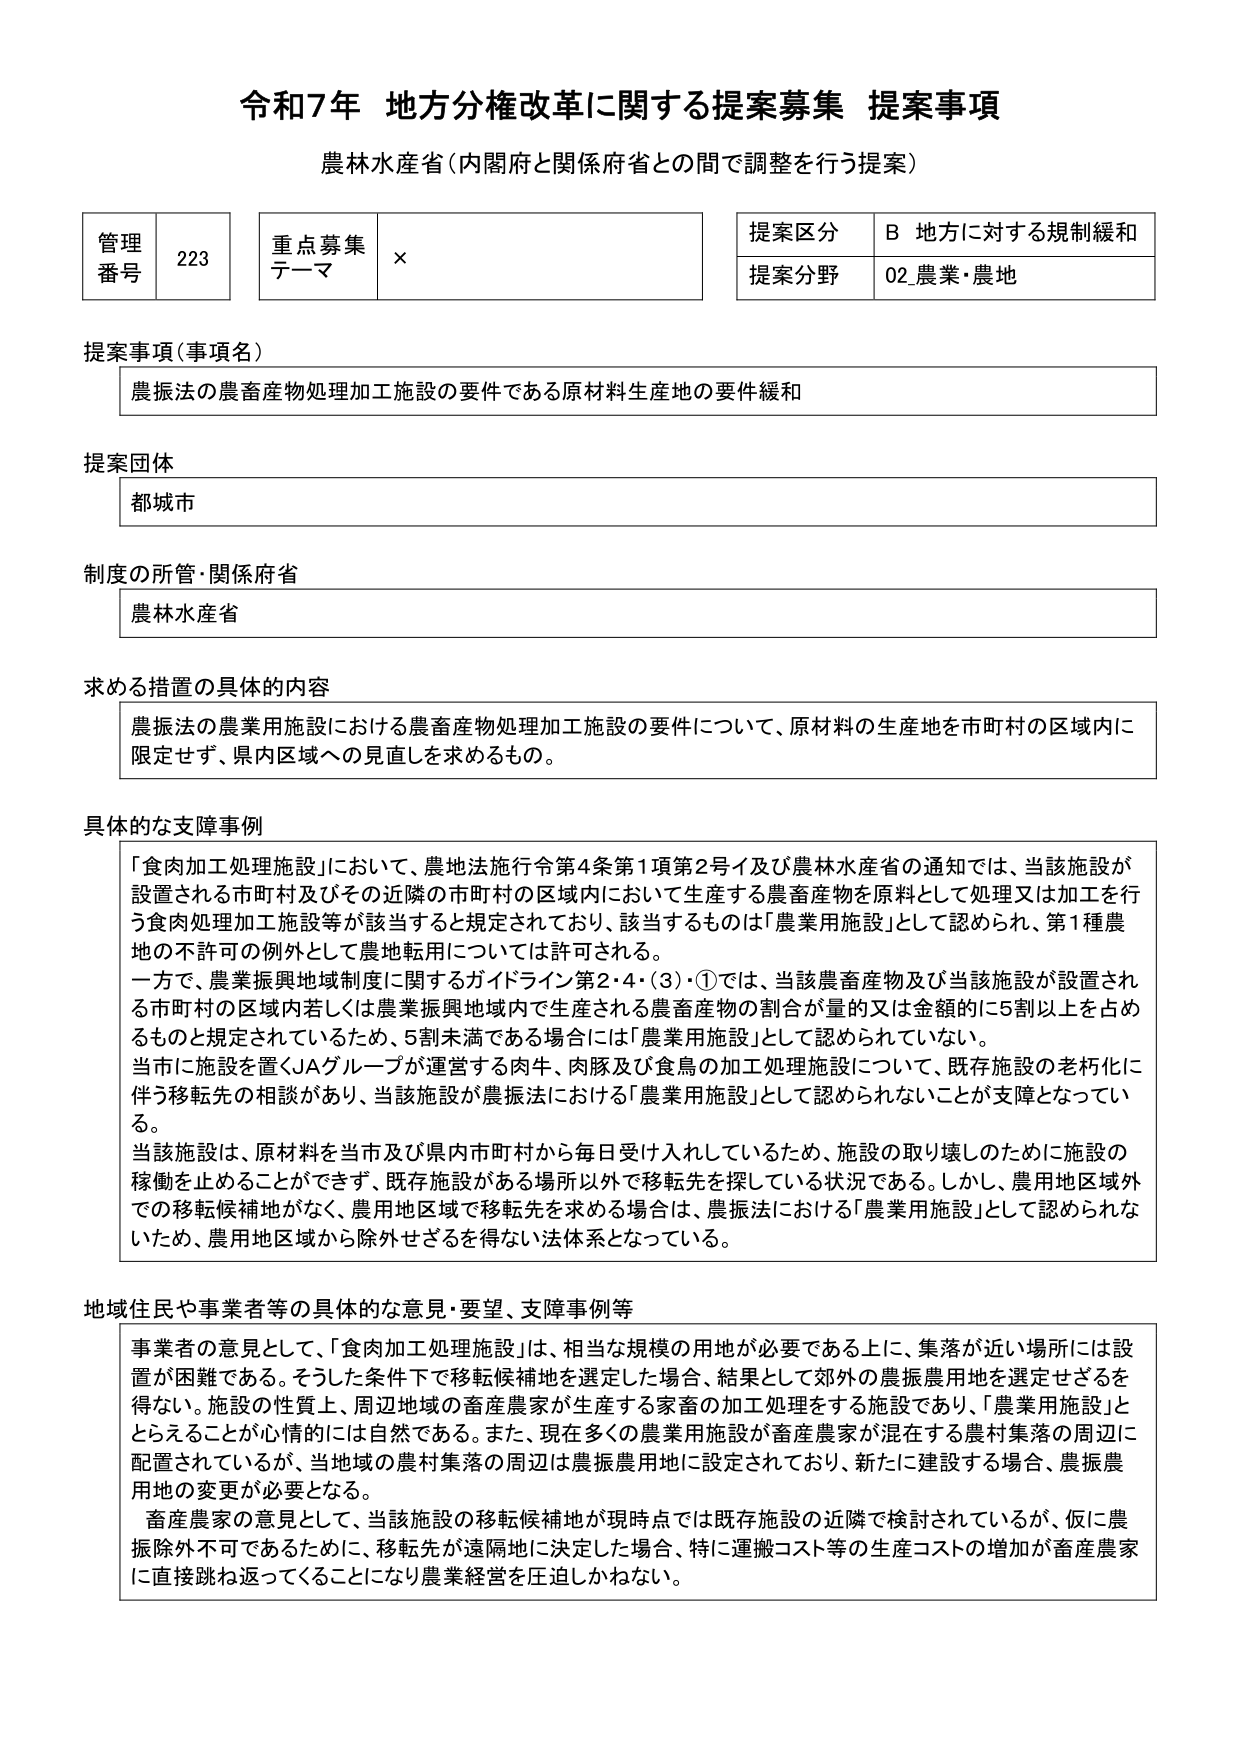
令和7年 地方分権改革に関する提案募集 提案事項
農林水産省（内閣府と関係府省との間で調整を行う提案）

管理番号 223
重点募集テーマ ×
提案区分 B 地方に対する規制緩和
提案分野 02 農業・農地

提案事項（事項名）
農振法の農畜産物処理加工施設の要件である原材料生産地の要件緩和

提案団体
都城市

制度の所管・関係府省
農林水産省

求める措置の具体的内容
農振法の農業用施設における農畜産物処理加工施設の要件について、原材料の生産地を市町村の区域内に限定せず、県内区域への見直しを求めるもの。

具体的な支障事例
「食肉加工処理施設」において、農地法施行令第4条第1項第2号イ及び農林水産省の通知では、当該施設が設置される市町村及びその近隣の市町村の区域内において生産される農畜産物を原料として処理又は加工を行う食肉処理加工施設等が該当すると規定されており、該当するものは「農業用施設」として認められ、第1種農地の不許可の例外として農地転用については許可される。
一方で、農業振興地域制度に関するガイドライン第2・4・（3）・①では、当該農畜産物及び当該施設が設置される市町村の区域内若しくは農業振興地域内で生産される農畜産物の割合が量的又は金額的に5割以上を占めるものと規定されているため、5割未満である場合には「農業用施設」として認められていない。
当市に施設を置くJAグループが運営する肉牛、肉豚及び食鳥の加工処理施設について、既存施設の老朽化に伴う移転先の相談があり、当該施設が農振法における「農業用施設」として認められないことが支障となっている。
当該施設は、原材料を当市及び県内市町村から毎日受け入れしているため、施設の取り壊しのために施設の稼働を止めることができず、既存施設がある場所以外で移転先を探している状況である。しかし、農用地区域外での移転候補地がなく、農用地区域で移転先を求める場合は、農振法における「農業用施設」として認められないため、農用地区域から除外せざるを得ない法体系となっている。

地域住民や事業者等の具体的な意見・要望、支障事例等
事業者の意見として、「食肉加工処理施設」は、相当な規模の用地が必要である上に、集落が近い場所には設置が困難である。そうした条件下で移転候補地を選定した場合、結果として郊外の農振農用地を選定せざるを得ない。施設の性質上、周辺地域の畜産農家が生産する家畜の加工処理をする施設であり、「農業用施設」ととらえることが心情的には自然である。また、現在多くの農業用施設が畜産農家が混在する農村集落の周辺に配置されているが、当地域の農村集落の周辺は農振農用地に設定されており、新たに建設する場合、農振農用地の変更が必要となる。
畜産農家の意見として、当該施設の移転候補地が現時点では既存施設の近隣で検討されているが、仮に農振除外不可であるために、移転先が遠隔地に決定した場合、特に運搬コスト等の生産コストの増加が畜産農家に直接跳ね返ってくることになり農業経営を圧迫しかねない。